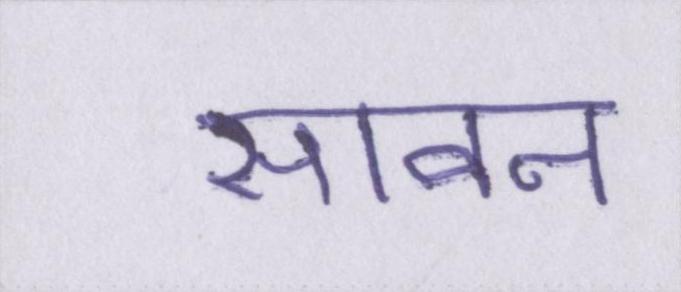
सावन